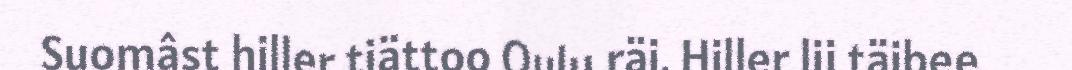
Suomâst hiller tiättoo Oulu räi. Hiller lii täibee